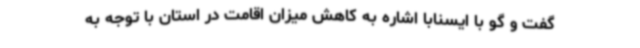
گفت و گو با ایسنابا اشاره به کاهش میزان اقامت در استان با توجه به